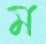
ম